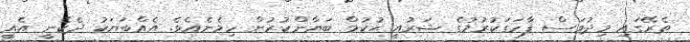
ތެރޭގައި މިދުވަސް ފާހަގަކުރުމުގެ ޝަރުއީ ޙުކުމް ބަޔާންކުރުން ހިމެނެއެވެ. އެއްބަޔަކު ދެކެނީ އެއީ